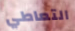
التعاطي